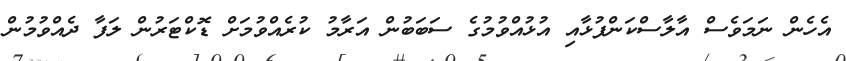
އެހެން ނަމަވެސް އާލާސްކަންފުޅާއި އުޅުއްވުމުގެ ސަބަބުން އަރާމު ކުރެއްވުމަށް ޑޮކްޓަރުން ލަފާ ދެއްވުމުން